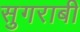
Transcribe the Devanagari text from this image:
सुगराबी